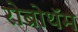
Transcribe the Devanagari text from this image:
रोब्रोथॅम